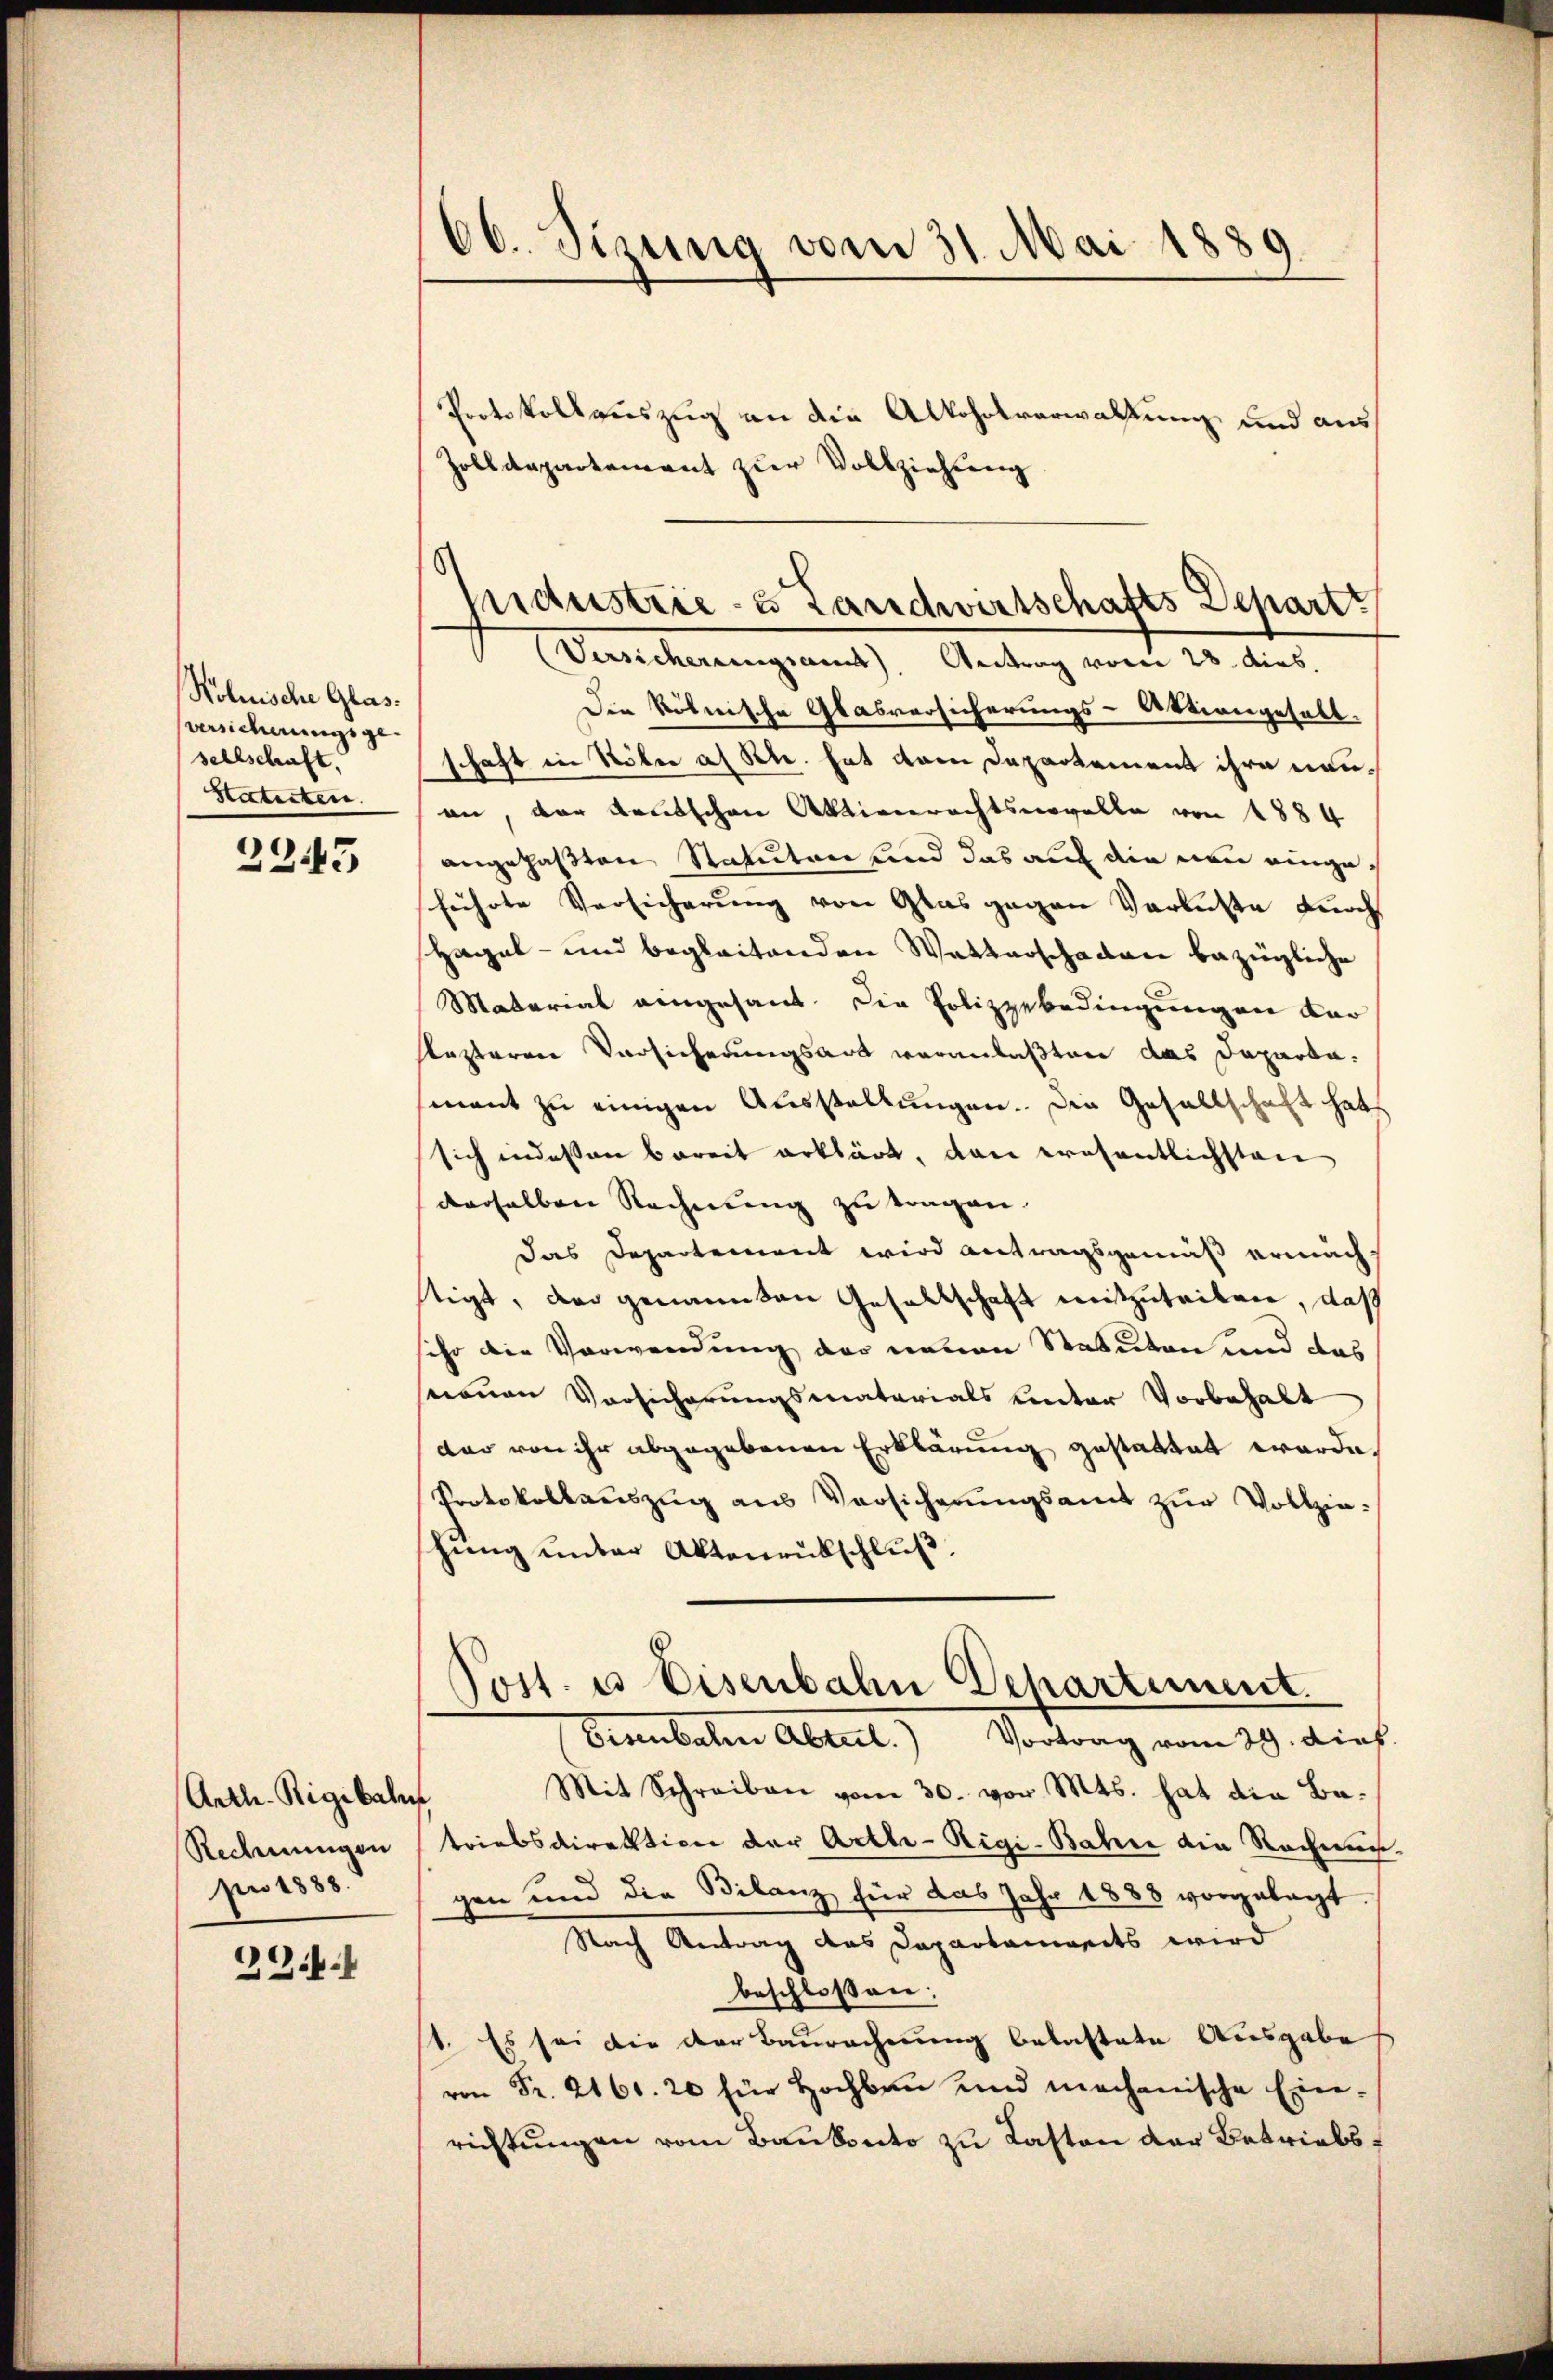
Kolnische Glas.
versicherungsge
sehlschaft,
Statuten.

6
243

Arth. Rigibahn
Rechnungen
An 1888.

2941

Ob. Sizung vom 31. Mai 1889.

Protokollauszug an die Alkoholverwaltung und aus¬
Zolldepartement zŭr Vollziehung
(Versicherungsams). Antrag vom 28. dies.
Die kölnische Glasversicherungs-Aktiengesell-
schaft in Köler a. Rh. hat vom Departement ihre neuan, der deutschen Aktiverachtsnovelle von 1884
angefaßten Statuten und das auf die neu eingeführte Versicherung von Glas gegen Verluste durch
Hagel- und begleitenden Wetterschaden bezügliche
Matarial eingesant. Die Polizzebedingungen dar
lezteren Vorsicherungsart veranlaßten das Departamant zu einigen Ausstellungen. Die Gesellschaft hat
sich indessen bereit erklärt, dan wesentlichsten
derselben Rechnung zu tragen.
Das Departement wird antragsgemäß ermächstigt, der genannten Gesellschaft mitzuteilen, daß
ihr die Verwendung der neuen Statuten und das
sneuen Vorsicherungsmaterials unter Vorbehalt
dar von ihr abgegebenen Erklärung gestattet werde.
Protokollaŭszŭg aŭs Versicherŭngsamt zŭr Vollziehŭng ŭnter Aktenrübschlŭβ:
Post. u. Eisenbahn Departement.
Eisenbalen Abteil. Vortrag vom 29. dies
Mit Schreiben vom 30. vor. Mts. hat die Be-
triebsdirektion der Arthe-Rigi-Bahne die Rechnun
gen und die Bilanz für das Jahr 1888 vorgelegt
Nach Antrag des Departenweits wird
beschloßen:
1. Es so die der Baurechnung belastete Ausgabe
von Fr. 2160. 20 für Hochbau und mechanische Ein-
richtungen vom Bankonto zu Kasten der Betriebs¬

pidustrie- u Landwirtschafts Depart